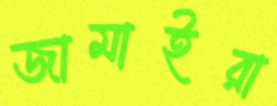
জামাইরা